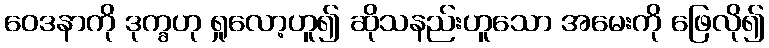
ဝေဒနာကို ဒုက္ခဟု ရှုလော့ဟူ၍ ဆိုသနည်းဟူသော အမေးကို ဖြေလို၍